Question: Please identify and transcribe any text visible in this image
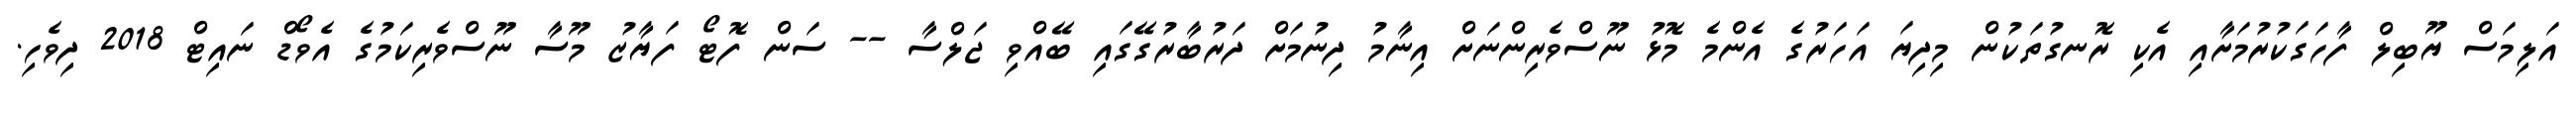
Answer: އަލިމަސް ޔޫބިލް ފާހަގަކުރުމަށާއި އެކި ރޮނގުތަކުން މިދިޔަ އަހަރުގެ އެންމެ މޮޅު ނޫސްވެރިންނަށް އިނާމު ދިނުމަށް ދަރުބާރުގޭގައި ބޭއްވި ޖަލްސާ -- ސަން ފޮޓޯ ފަޔާޒު މޫސާ ނޫސްވެރިކަމުގެ އެވޯޑް ނައިޓް 2018 ދިވެހި.